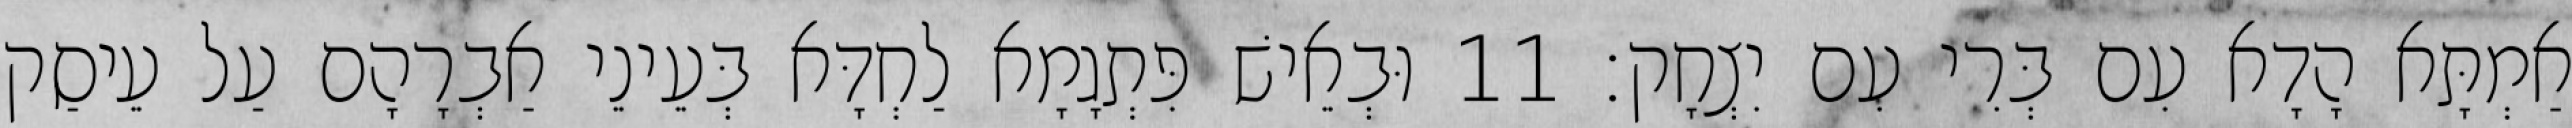
אַמְתָּא הָדָא עִם בְּרִי עִם יִצְחָק׃ 11 וּבְאֵישׁ פִּתְגָמָא לַחְדָּא בְּעֵינֵי אַבְרָהָם עַל עֵיסַק